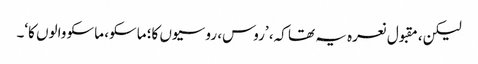
لیکن، مقبول نعرہ یہ تھا کہ، ’روس، روسیوں کا؛ ماسکو، ماسکو والوں کا‘۔